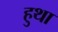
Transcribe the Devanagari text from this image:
हुथा